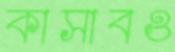
কাসাবও